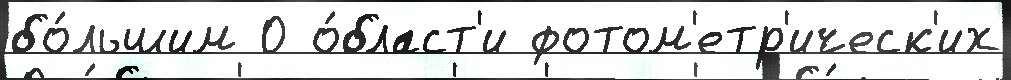
бо́льшим 0 о́бласт'и фотом'етр'ическ'их